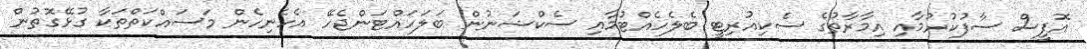
އޮފީސް ސާފުކުރުމާއި އިމާރާތުގެ ސެކިއުރިޓީ ބެލެހެއްޓުމާއި ސެކްޝަނުން ބަލަހައްޓަންޖެހޭ އެހެނިހެން މަސައްކަތްތަކާ ގުޅޭގޮތުން